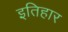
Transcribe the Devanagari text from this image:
इतिहार